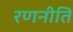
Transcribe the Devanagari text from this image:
रणनीति